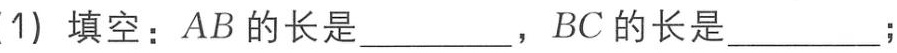
(1) 填空：\(AB\)的长是________，\(BC\)的长是________；